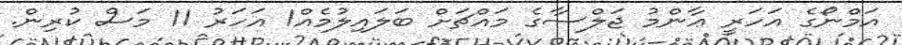
އަމްނޯގެ އަހަރީ ޢާންމު ޖަލްސާގެ މައްޗަށް ބަލައިލުމެއް1 އަހަރު 11 މަސް ކުރިން.